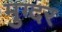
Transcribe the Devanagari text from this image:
मुग्दर